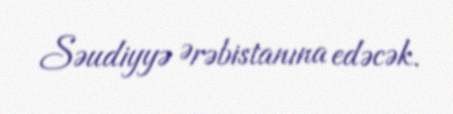
Səudiyyə Ərəbistanına edəcək.